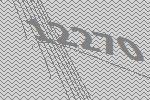
12270